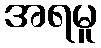
အရမူ